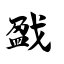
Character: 戤